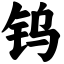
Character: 钨